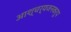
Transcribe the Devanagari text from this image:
आश्चर्यजनकरुप